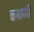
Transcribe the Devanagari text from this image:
कथणी